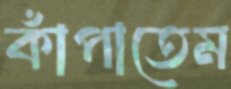
কাঁপাতেম